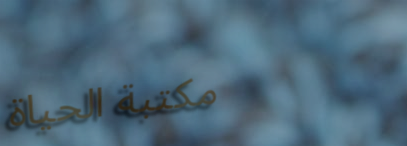
مكتبة الحياة